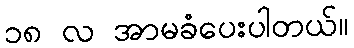
၁၈ လ အာမခံပေးပါတယ်။